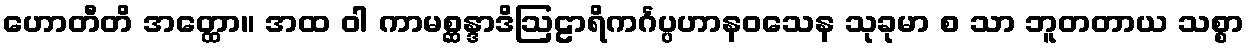
ဟောတီတိ အတ္ထော။ အထ ဝါ ကာမစ္ဆန္ဒာဒိဩဠာရိကင်္ဂပ္ပဟာနဝသေန သုခုမာ စ သာ ဘူတတာယ သစ္စာ